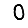
Digit: 0